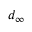
d _ { \infty }